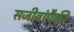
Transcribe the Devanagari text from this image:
सजीवांपैकी